Reports on dispensaries and lunatic asylums in the Province of Oudh - 1869-1876
Year: 1869
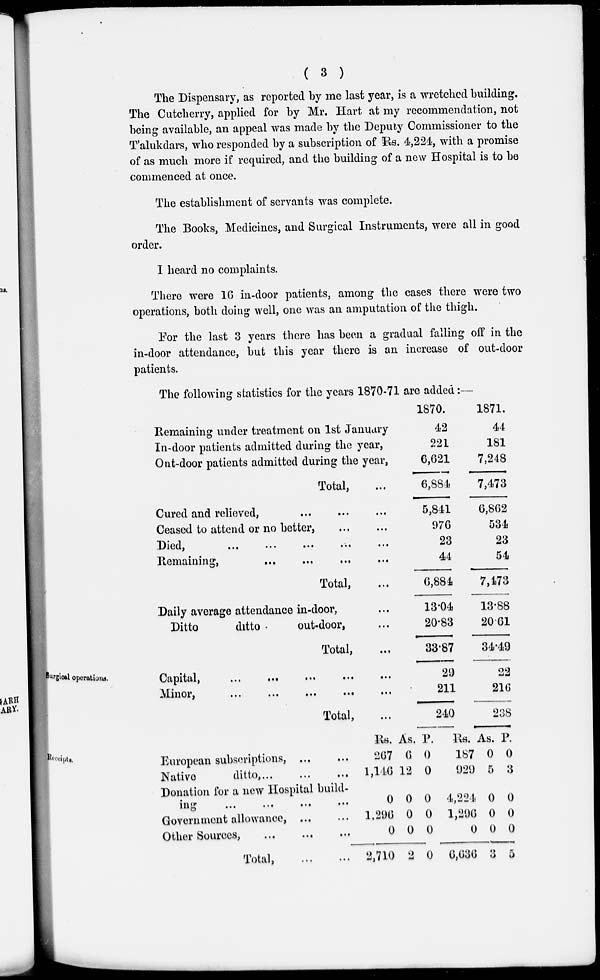
( 3 )
The Dispensary, as reported by me last year, is a wretched building.
The Cutcherry, applied for by Mr, Hart at my recommendation, not
being available, an appeal was made by the Deputy Commissioner to the
T'alukdars, who responded by a subscription of Rs. 4,224, with a promise
of as much more if required, and the building of a new Hospital is to be
commenced at once.
The establishment of servants was complete.
The Books, Medicines, and Surgical Instruments, were all in good
order.
I heard no complaints.
There were 16 in-door patients, among the cases there were two
operations, both doing well, one was an amputation of the thigh.
For the last 3 years there has been a gradual falling off in the
in-door attendance, but this year there is an increase of out-door
patients.
The following statistics for the years 1870-71 are added:—
Remaining under treatment on 1st January
In-door patients admitted during the year,
Out-door patients admitted during the year,
Total, ...
Cured and relieved,
...
...
...
Ceased to attend or no better, ... ...
Died,
...
...
...
...
...
Remaining, ... ... ... ...
Total, ...
Daily average attendance in-door, ...
Ditto
ditto
out-door, ...
Total, ...
1870.
42
221
6,621
6,884
5,841
976
23
44
6,884
13.04
20.83
33.87
1871.
44
181
7,248
7,473
6,862
534
23
54
7,473
13.88
20.61
34.49
surgical operations.
Capital,
...
...
...
...
...
Minor,
...
...
...
...
...
Total, ...
29
211
240
22
216
238
Receipts.
European subscriptions,
...
...
Native
ditto, . . . ... ...
Donation for a new Hospital build-
ing
...
...
...
...
Government allowance, ... ...
Other Sources,
...
...
...
Total,
...
...
Rs.
267
1,146
0
1,296
0
2,710
As.
6
12
0
0
0
2
P.
0
0
0
0
0
0
Rs.
187
929
4,224
1,296
0
6,636
As.
0
5
0
0
0
3
P.
0
3
0
0
0
5